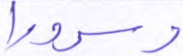
وسرورا